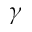
\gamma